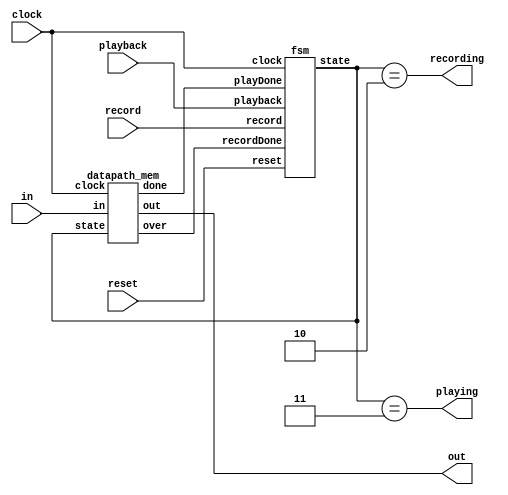
module memory (reset, clock, in, record, playback, out, recording, playing);

input reset, clock, in, record, playback;
output out, recording, playing;

wire recordDone, playDone;
wire [1:0] state;

fsm u0 (
    .reset(reset),
    .clock(clock),
    .record(record),
    .playback(playback),
    .state(state),
    .recordDone(recordDone),
    .playDone(playDone)
);

datapath_mem u1 (
    .clock(clock),
    .in(in),
    .state(state),
    .over(recordDone),
    .out(out),
    .done(playDone)
);

assign recording = (state == 2);
assign playing = (state == 3);
endmodule

module fsm(reset, clock, record, playback, state, recordDone, playDone);
input reset, clock, record, playback, recordDone, playDone;
output reg [1:0] state;

//states: 0: clear, 1: waiting, 2: recording, 3: playback

always@(posedge clock)
begin
    if(reset) state <= 0;
    else
    case(state)
        0: state <= 1;
        1: state <= playback ? 3 : (record ? 2 : 1);
        2: state <= recordDone ? 1 : 2;
        3: state <= playDone ? 1 : 3;
    endcase
end
endmodule

module datapath_mem (clock, in, state, over, out, done);
input clock, in;
input [1:0] state;
output reg out, over, done;

reg [31:0] storage [49:0];
wire [31:0] count = 32'd400000000;

reg [31:0] counter;
reg store;
integer i;
integer n = 0;

always@(posedge clock)
begin
    if (state == 0) begin
        counter <= 0;
        for (i=0; i<50; i=i+1) storage[i] <= 32'd0;
        store <= 0;
        n <= 0;
        out <= 0;
        over <= 0;
        done <= 0;
    end
    else if (state == 2) begin
        if (counter == count) begin
            counter <= count;
            n <= 0;
            store <= 0;
            over <= 1;
        end 
        else if (counter == 0) begin
            counter <= counter + 1;
        end
        else begin
            counter <= counter + 1;
            store <= in;
            if (in == ~store) begin
                storage[n] <= counter;
                n <= n+1;
            end
        end
    end
    else if (state == 3) begin
        if (counter == count) begin
            counter <= count;
            n <= 0;
            out <= 0;
            done <= 1;
        end
        else if (counter == 0) begin
            counter <= counter + 1;
        end
        else if (counter == storage[n]) begin
            counter <= counter + 1;
            n <= n + 1;
            out <= !out;
        end
        else begin
            counter <= counter + 1;
            n <= n;
            out <= out;
        end
    end
    else begin
        counter <= 0;
        store <= 0;
        out <= 0;
        n <= 0;
        over <= 0;
        done <= 0;
    end
end
endmodule